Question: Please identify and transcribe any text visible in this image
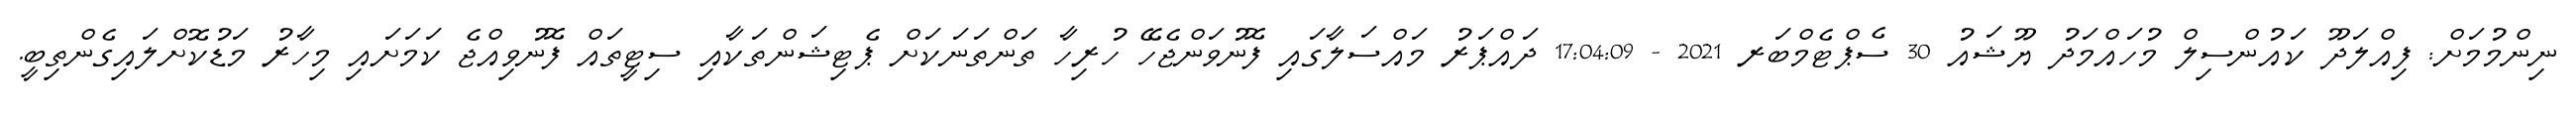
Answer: ނިންމުމަށް: ފިއްލަދޫ ކައުންސިލް މުހައްމަދު ޔޫޝައު 30 ސެޕްޓެމްބަރ 2021 - 17:04:09 ދައްޕަރު މައްސަލާގައި ފޮނުވަންޖެހޭ ހުރިހާ ތަންތަނަކަށް ޕެޓިޝަންތަކާއި ސިޓީތައް ފޮނުވިއްޖެ ކަމަށައި މިހާރު މަޑުކޮށްލައިގެންތިބީ.